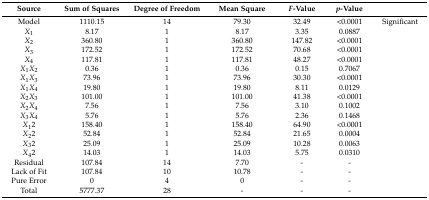
<table><thead><tr><td><b>Source</b></td><td><b>Sum of Squares</b></td><td><b>Degree of Freedom</b></td><td><b>Mean Square</b></td><td><b><i>F</i>-Value</b></td><td><b><i>p</i>-Value</b></td><td></td></tr></thead><tbody><tr><td>Model</td><td>1110.15</td><td>14</td><td>79.30</td><td>32.49</td><td>&lt;0.0001</td><td>Significant</td></tr><tr><td><i>X</i><sub>1</sub></td><td>8.17</td><td>1</td><td>8.17</td><td>3.35</td><td>0.0887</td><td></td></tr><tr><td><i>X</i><sub>2</sub></td><td>360.80</td><td>1</td><td>360.80</td><td>147.82</td><td>&lt;0.0001</td><td></td></tr><tr><td><i>X</i><sub>3</sub></td><td>172.52</td><td>1</td><td>172.52</td><td>70.68</td><td>&lt;0.0001</td><td></td></tr><tr><td><i>X</i><sub>4</sub></td><td>117.81</td><td>1</td><td>117.81</td><td>48.27</td><td>&lt;0.0001</td><td></td></tr><tr><td><i>X</i><sub>1</sub><i>X</i><sub>2</sub></td><td>0.36</td><td>1</td><td>0.36</td><td>0.15</td><td>0.7067</td><td></td></tr><tr><td><i>X</i><sub>1</sub><i>X</i><sub>3</sub></td><td>73.96</td><td>1</td><td>73.96</td><td>30.30</td><td>&lt;0.0001</td><td></td></tr><tr><td><i>X</i><sub>1</sub><i>X</i><sub>4</sub></td><td>19.80</td><td>1</td><td>19.80</td><td>8.11</td><td>0.0129</td><td></td></tr><tr><td><i>X</i><sub>2</sub><i>X</i><sub>3</sub></td><td>101.00</td><td>1</td><td>101.00</td><td>41.38</td><td>&lt;0.0001</td><td></td></tr><tr><td><i>X</i><sub>2</sub><i>X</i><sub>4</sub></td><td>7.56</td><td>1</td><td>7.56</td><td>3.10</td><td>0.1002</td><td></td></tr><tr><td><i>X</i><sub>3</sub><i>X</i><sub>4</sub></td><td>5.76</td><td>1</td><td>5.76</td><td>2.36</td><td>0.1468</td><td></td></tr><tr><td><i>X</i><sub>1</sub>2</td><td>158.40</td><td>1</td><td>158.40</td><td>64.90</td><td>&lt;0.0001</td><td></td></tr><tr><td><i>X</i><sub>2</sub>2</td><td>52.84</td><td>1</td><td>52.84</td><td>21.65</td><td>0.0004</td><td></td></tr><tr><td><i>X</i><sub>3</sub>2</td><td>25.09</td><td>1</td><td>25.09</td><td>10.28</td><td>0.0063</td><td></td></tr><tr><td><i>X</i><sub>4</sub>2</td><td>14.03</td><td>1</td><td>14.03</td><td>5.75</td><td>0.0310</td><td></td></tr><tr><td>Residual</td><td>107.84</td><td>14</td><td>7.70</td><td>-</td><td>-</td><td></td></tr><tr><td>Lack of Fit</td><td>107.84</td><td>10</td><td>10.78</td><td>-</td><td>-</td><td></td></tr><tr><td>Pure Error</td><td>0</td><td>4</td><td>0</td><td>-</td><td>-</td><td></td></tr><tr><td>Total</td><td>5777.37</td><td>28</td><td>-</td><td>-</td><td>-</td><td></td></tr></tbody></table>